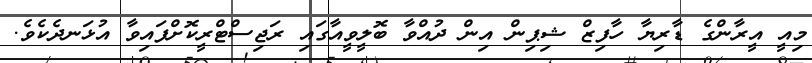
މިއީ އީރާންގެ ޑާރިޔާ ހާފިޒް ޝިޕިން އިން ދުއްވާ ބޮލީވީއާގައި ރަޖިސްޓްރީކޮށްފައިވާ އުޅަނދެކެވެ.